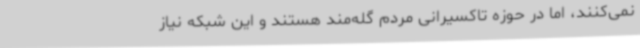
نمی‌کنند، اما در حوزه تاکسیرانی مردم گله‌مند هستند و این شبکه نیاز